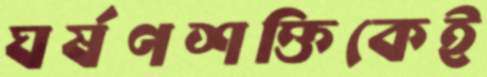
ঘর্ষণশক্তিকেই